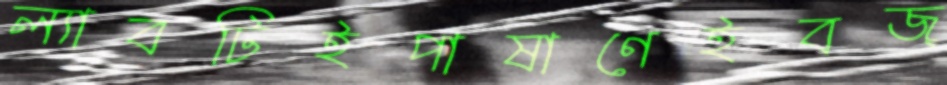
ল্যাবটিইপাষাণেইবজ্